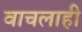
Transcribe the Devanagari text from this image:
वाचलाही